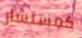
كمستشار